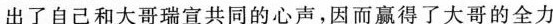
出了自己和大哥瑞宣共同的心声，因而赢得了大哥的全力